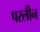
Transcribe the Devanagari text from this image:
परलीन